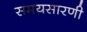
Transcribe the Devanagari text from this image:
समयसारणी